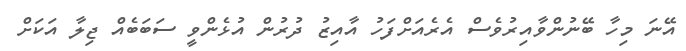
އޭނަ މިހާ ބޭނުންވާއިރުވެސް އެރެއަށްފަހު އާއިޒު ދުރުން އުޅެންވީ ސަބަބެއް ޖިލާ އަކަށް